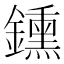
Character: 鑂